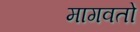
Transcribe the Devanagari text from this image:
मागवतो